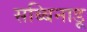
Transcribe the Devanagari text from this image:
सब्बिनाडू